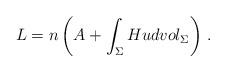
LaTeX: \begin{align*}L=n\left(A+\int_{\Sigma}Hudvol_{\Sigma} \right)\,.\end{align*}